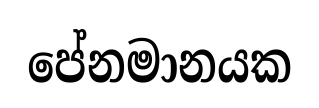
පේනමානයක